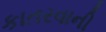
કાતરવાની